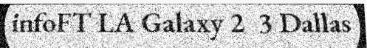
infoFT LA Galaxy 2  3 Dallas